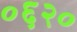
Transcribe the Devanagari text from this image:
०६२०